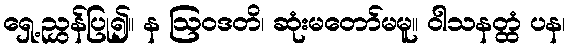
ရှေ့ညွှန်ပြု၍။ န ဩဝဒတိ၊ ဆုံးမတော်မမူ။ ဝါသနတ္ထံ ပန၊